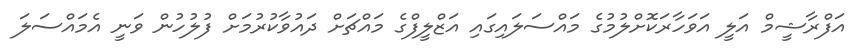
އަފްރާޝީމް އަލީ އަވަހާރަކޮށްލުމުގެ މައްސަލައިގައި އަޒްލީފްގެ މައްޗަށް ދައުވާކުރުމަށް ފުލުހުން ވަނީ އެމައްސަލަ